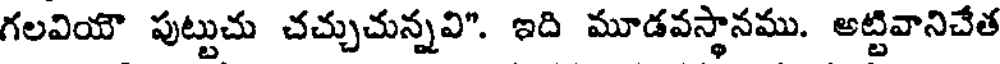
గలవియౌ పుట్టుచు చచ్చుచున్నవి". ఇది మూడవస్థానము. అట్టివానిచేత